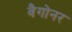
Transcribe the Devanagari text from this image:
वैगोनर